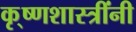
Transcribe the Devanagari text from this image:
कृ्ष्णशास्त्रींनी